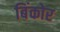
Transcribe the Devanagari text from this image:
बिंकोर